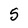
Character: 5